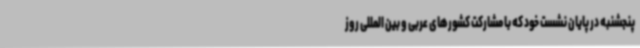
پنجشنبه در پایان نشست خود که با مشارکت کشورهای عربی و بین المللی روز